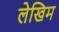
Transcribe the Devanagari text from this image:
लेखिम